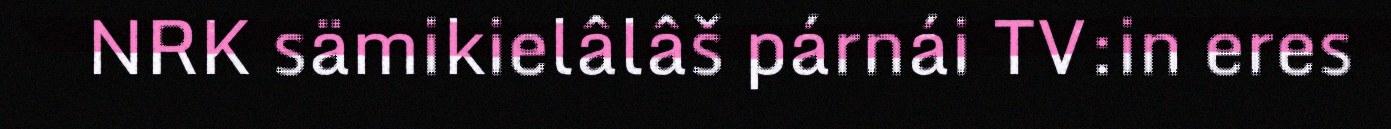
NRK sämikielâlâš párnái TV:in eres